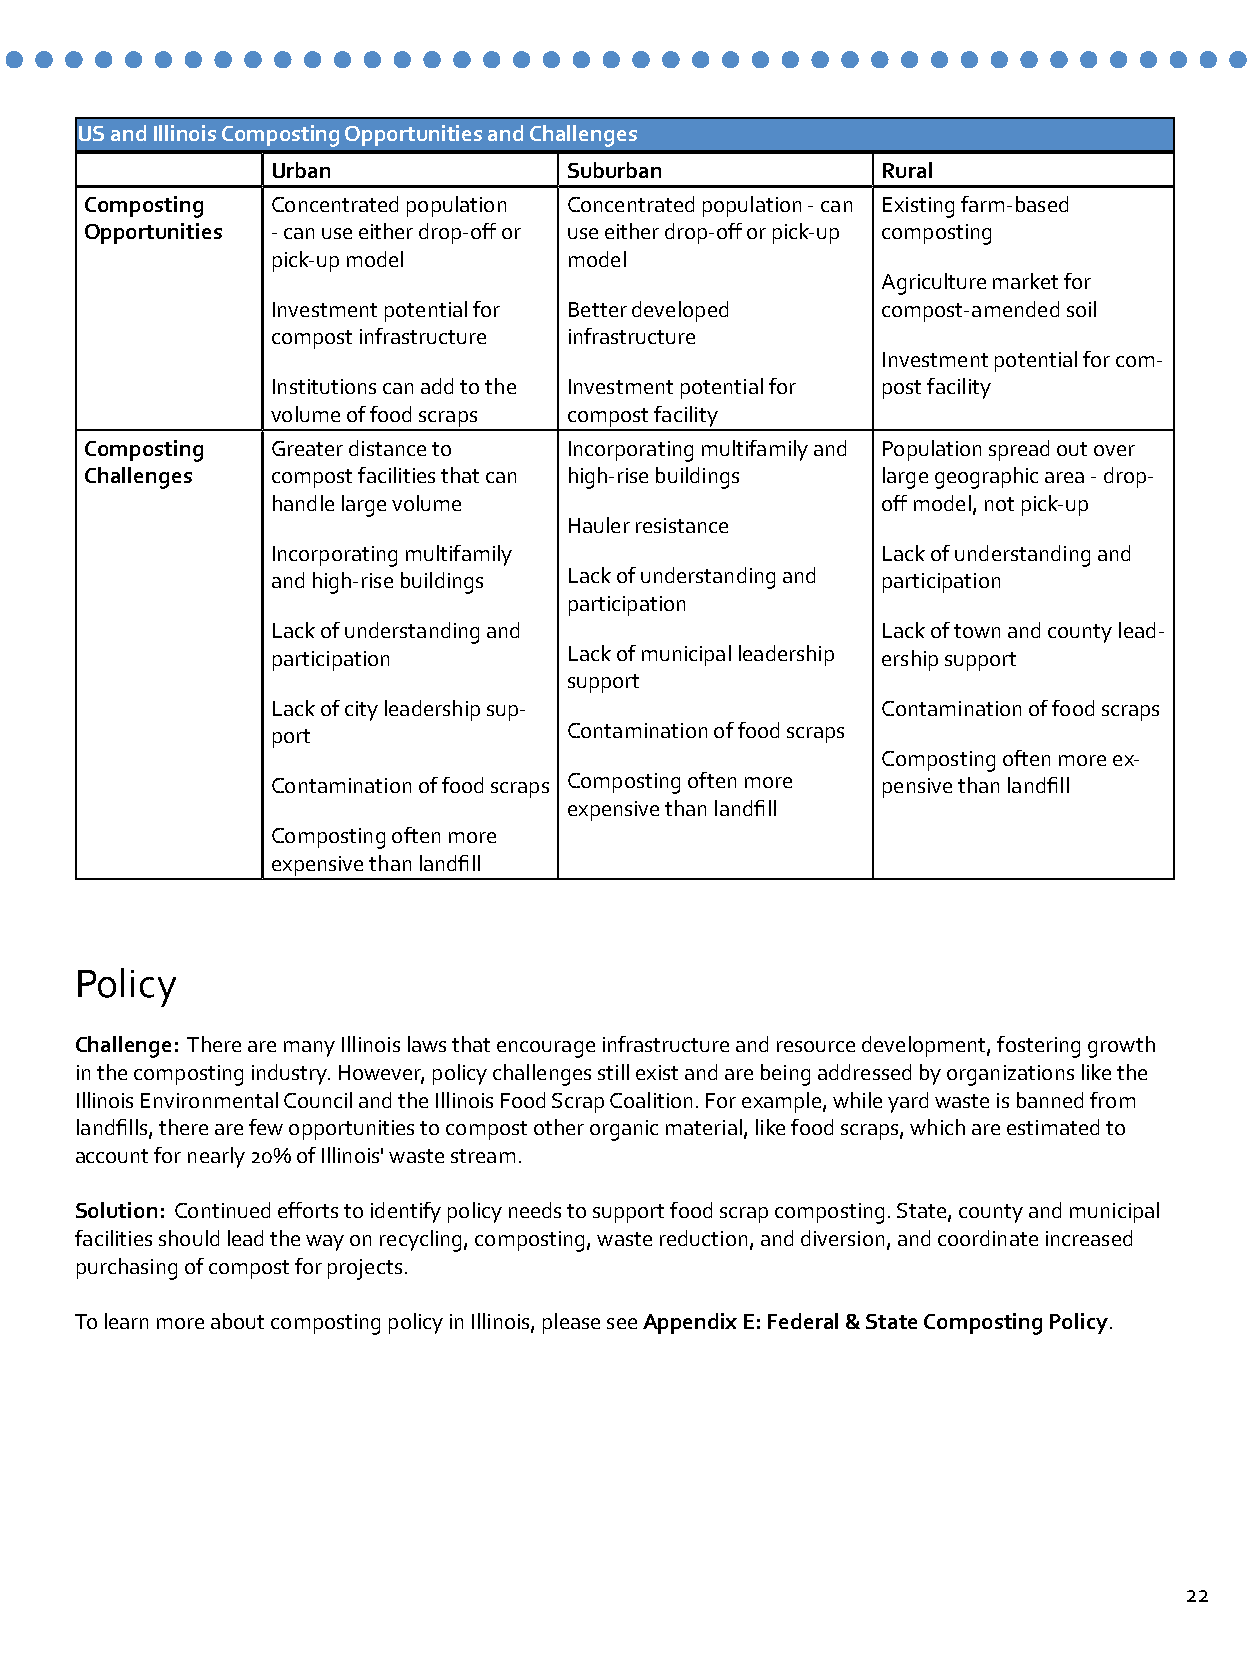
..........................................
 US and Illinois Composting Opportunities and Challenges
 Urban               Suburban            Rural
 Composting  Concentrated population Concentrated population - can Existing farm-based
 Opportunities - can use either drop-off or use either drop-off or pick-up composting
 pick-up model       model
 Agriculture market for
 Investment potential for Better developed compost-amended soil
 compost infrastructure infrastructure
 Investment potential for com-
 Institutions can add to the Investment potential for post facility
 volume of food scraps compost facility
 Composting  Greater distance to Incorporating multifamily and Population spread out over
 Challenges  compost facilities that can high-rise buildings large geographic area - drop-
 handle large volume                     off model, not pick-up
 Hauler resistance
 Incorporating multifamily               Lack of understanding and
 and high-rise buildings Lack of understanding and participation
 participation
 Lack of understanding and               Lack of town and county lead-
 participation       Lack of municipal leadership ership support
 support
 Lack of city leadership sup-            Contamination of food scraps
 port                Contamination of food scraps
 Composting often more ex-
 Contamination of food scraps Composting often more pensive than landfill
 expensive than landfill
 Composting often more
 expensive than landfill
 Policy
 Challenge: There are many Illinois laws that encourage infrastructure and resource development, fostering growth
 in the composting industry. However, policy challenges still exist and are being addressed by organizations like the
 Illinois Environmental Council and the Illinois Food Scrap Coalition. For example, while yard waste is banned from
 landfills, there are few opportunities to compost other organic material, like food scraps, which are estimated to
 account for nearly 20% of Illinois' waste stream.
 Solution: Continued efforts to identify policy needs to support food scrap composting. State, county and municipal
 facilities should lead the way on recycling, composting, waste reduction, and diversion, and coordinate increased
 purchasing of compost for projects.
 To learn more about composting policy in Illinois, please see Appendix E: Federal & State Composting Policy.
 22